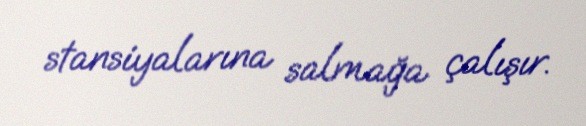
stansiyalarına salmağa çalışır.